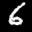
Label: 6